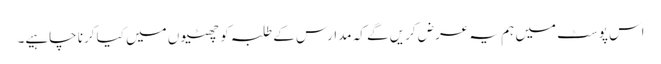
اس پوسٹ میں ہم یہ عرض کریں گے کہ مدارس کے طلبہ کو چھٹیوں میں کیا کرنا چاہیے۔